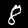
Digit: 8